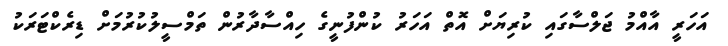
އަހަރީ އާއްމު ޖަލްސާގައި ކުރިޔަށް އޮތް އަހަރު ކުންފުނީގެ ހިއްސާދާރުން ތަމްސީލުކުރުމަށް ޑިރެކްޓަރަކު